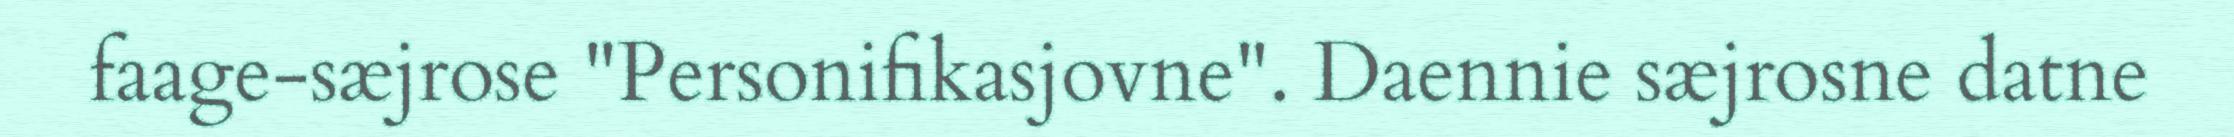
faage-sæjrose "Personifikasjovne". Daennie sæjrosne datne